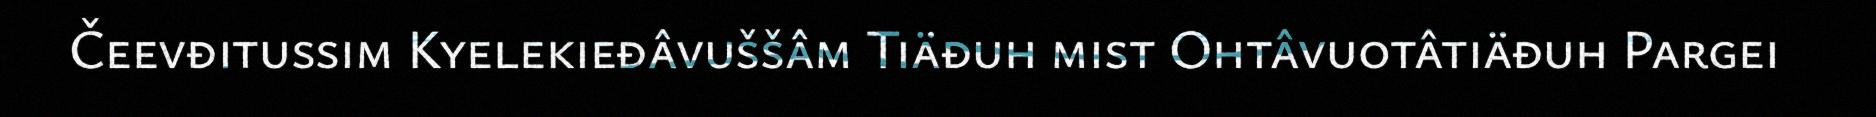
Čeevđitussim Kyelekieđâvuššâm Tiäđuh mist Ohtâvuotâtiäđuh Pargei